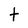
Character: t